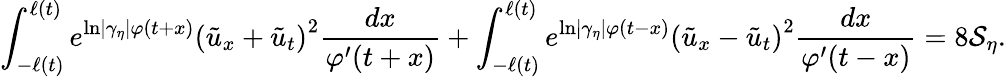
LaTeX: \int_{-\ell\left(t\right)}^{\ell\left(t\right)}e^{\ln\left\vert\gamma_{\eta}\right\vert\varphi(t+x)}\left(\tilde{u}_{x}+\tilde{u}_{t}\right)^{2}\frac{dx}{\varphi^{\prime}(t+x)}+\int_{-\ell\left(t\right)}^{\ell\left(t\right)}e^{\ln\left\vert\gamma_{\eta}\right\vert\varphi(t-x)}\left(\tilde{u}_{x}-\tilde{u}_{t}\right)^{2}\frac{dx}{\varphi^{\prime}(t-x)}=8\mathcal{S}_{\eta}.